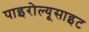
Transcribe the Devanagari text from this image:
पाइरोल्यूसाइट